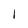
Character: 1